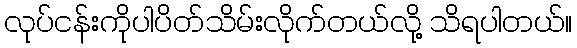
လုပ်ငန်းကိုပါပိတ်သိမ်းလိုက်တယ်လို့ သိရပါတယ်။